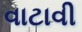
વાટાવી